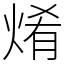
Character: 𤉶